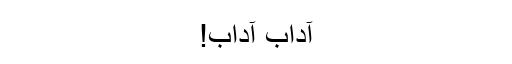
آداب آداب!